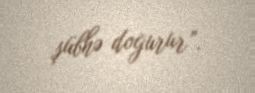
şübhə doğurur”.